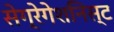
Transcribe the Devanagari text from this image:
सेग्रेगेशनिस्ट